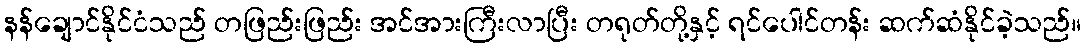
နန်ချောင်နိုင်ငံသည် တဖြည်းဖြည်း အင်အားကြီးလာပြီး တရုတ်တို့နှင့် ရင်ပေါင်တန်း ဆက်ဆံနိုင်ခဲ့သည်။